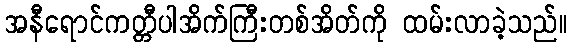
အနီရောင်ကတ္တီပါအိက်ကြီးတစ်အိတ်ကို ထမ်းလာခဲ့သည်။